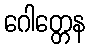
ဂေါတ္တေန